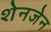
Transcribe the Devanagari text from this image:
शेनजेन